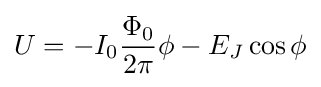
U=-I_{0}{\frac {\Phi _{0}}{2\pi }}\phi -E_{J}\cos \phi